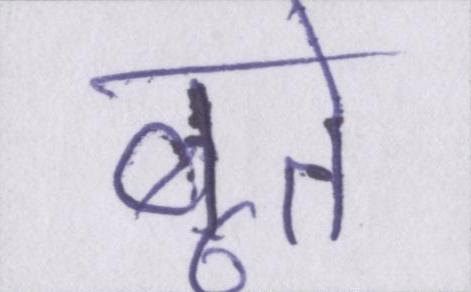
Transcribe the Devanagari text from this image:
बूते